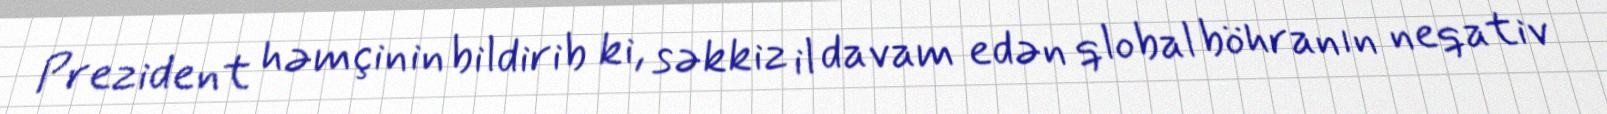
Prezident həmçinin bildirib ki, səkkiz il davam edən qlobal böhranın neqativ